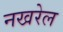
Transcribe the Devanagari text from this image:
नखरेल